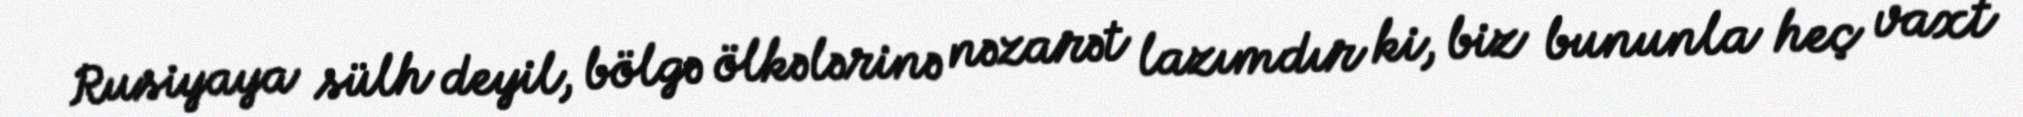
Rusiyaya sülh deyil, bölgə ölkələrinə nəzarət lazımdır ki, biz bununla heç vaxt